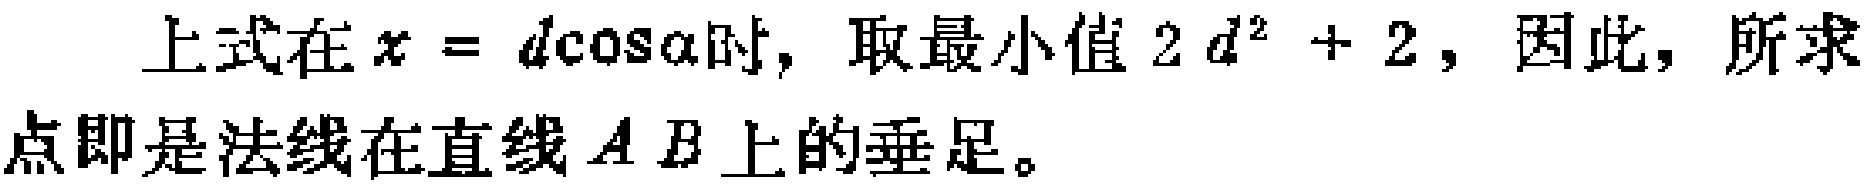
上式在\(x = d\cos\alpha\)时, 取最小值\(2 d^{2} + 2\), 因此, 所求点即是法线在直线\(AB\)上的垂足。